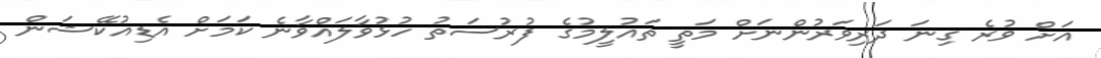
އަށް ވުރެ ގިނަ ދަރިވަރުންނަށް މަތީ ތައުލީމުގެ ފުރުސަތު ހުޅުވާލައްވާނެ ކަމަށް އެޑިއުކޭޝަން